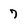
Character: 7